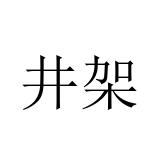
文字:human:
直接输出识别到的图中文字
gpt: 井架